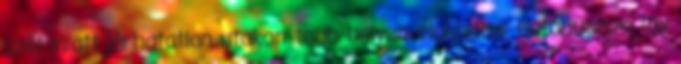
szél miatt járhatatlan utakon több helyen elakadtak autóbuszok, így